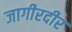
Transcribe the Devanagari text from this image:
जागीरदीर